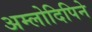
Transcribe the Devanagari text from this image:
अम्लोदिपिने